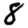
Digit: 8